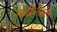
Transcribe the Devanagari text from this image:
नळीभोवती